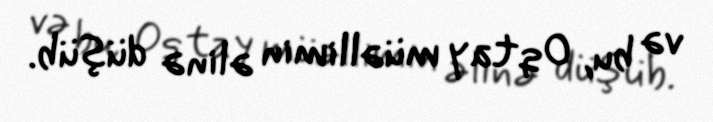
və bu, Oqtay müəllimin əlinə düşüb.